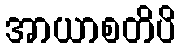
အာယာစတိပိ